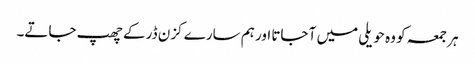
ہر جمعہ کو وہ حویلی میں آ جاتا اور ہم سارے کزن ڈر کے چھپ جاتے۔